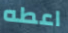
اعطه